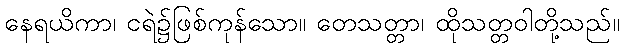
နေရယိကာ၊ ငရဲ၌ဖြစ်ကုန်သော။ တေသတ္တာ၊ ထိုသတ္တဝါတို့သည်။